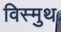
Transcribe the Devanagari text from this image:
विस्मुथ